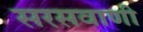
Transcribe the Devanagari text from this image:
सरसवाणी